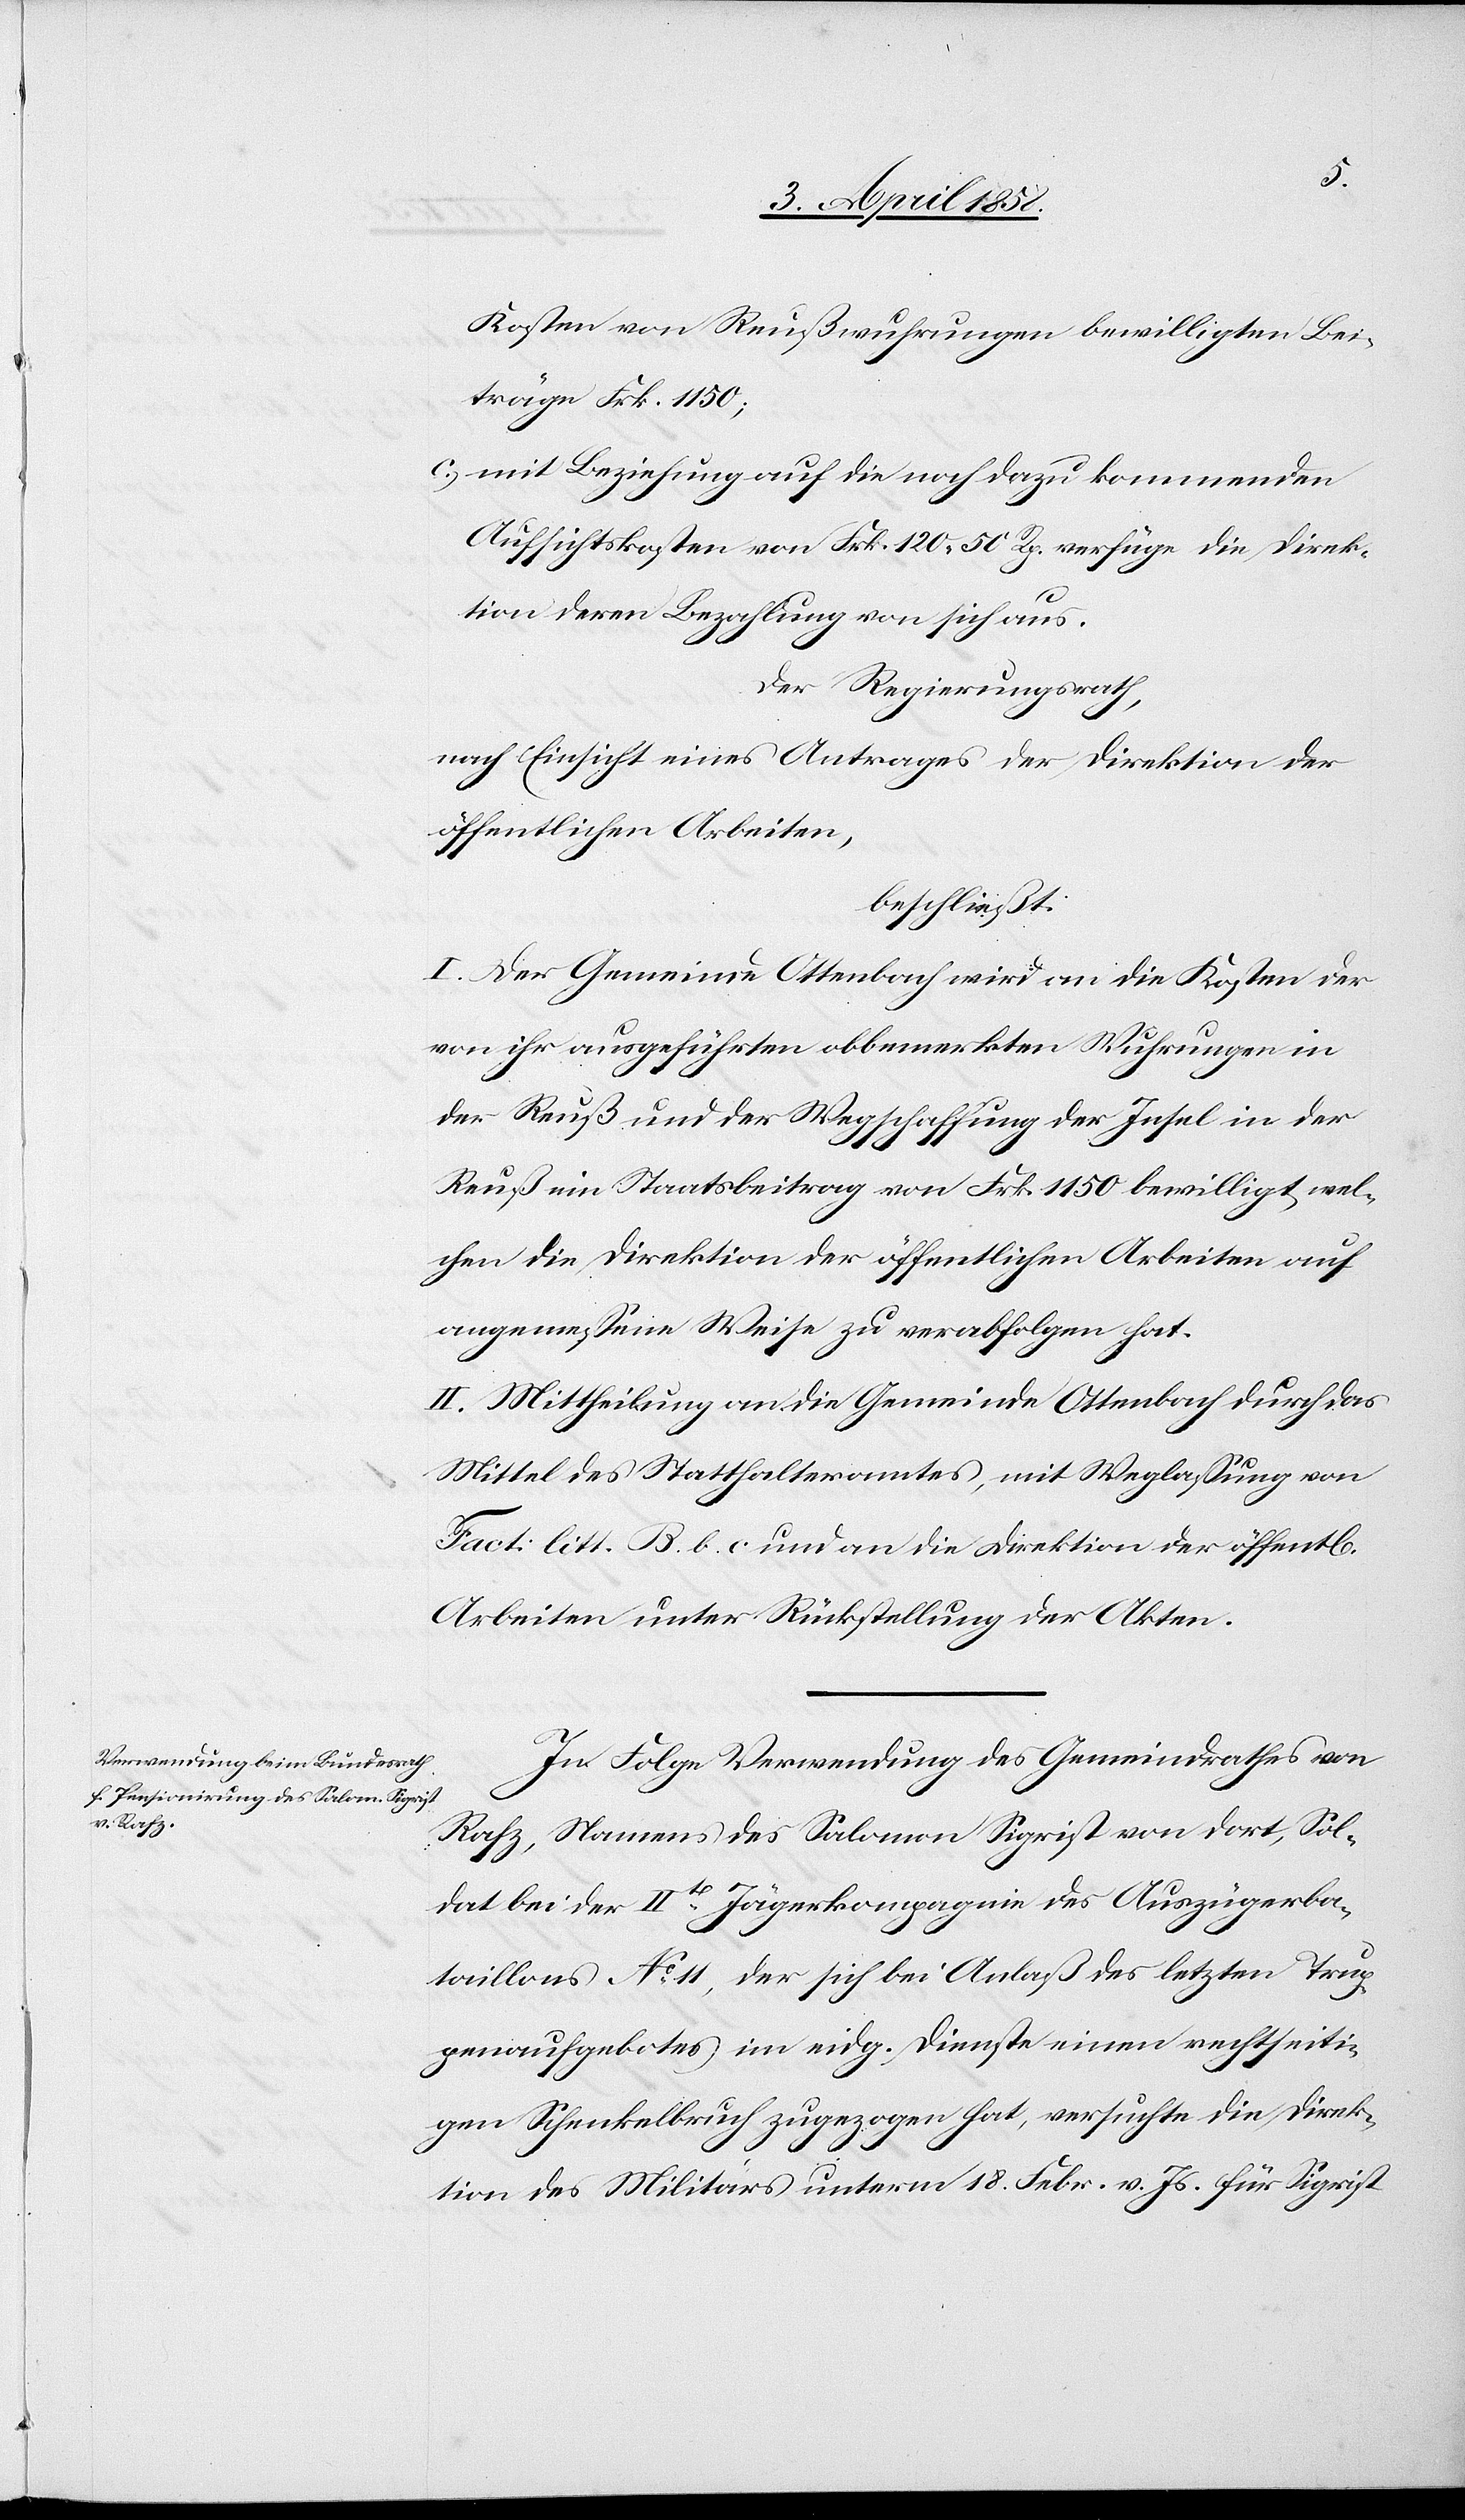
Kosten von Reußwuhrungen bewilligten Bei¬
träge Frk. 1150;
c) mit Beziehung auf die noch dazu kommenden
Aufsichtskosten von Frk. 120 50 Rp. verfüge die Direk¬
tion deren Bezahlung von sich aus.
Der Regierungsrath,
nach Einsicht eines Antrages der Direktion der
öffentlichen Arbeiten,
beschließt:
I. Der Gemeinde Ottenbach wird an die Kosten der
von ihr ausgeführten obbemerkten Wuhrungen in
der Reuß und der Wegschaffung der Insel in der
chen]
Reuß ein Staatsbeitrag von Frk. 1150 bewilligt, wel¬
chen die Direktion der öffentlichen Arbeiten auf
angemessene Weise zu verabfolgen hat.
II. Mittheilung an die Gemeinde Ottenbach durch das
Mittel des Statthalteramtes, mit Weglassung von
Fact. litt. B. b. c. und an die Direktion der öffent[li¬
Arbeiten unter Rückstellung der Akten.
In Folge Verwendung des Gemeindrathes von
Rafz, Namens des Salomon Sigrist von dort, Sol¬
dat bei der Iit[en] Jägerkompagnie des Auszügerba¬
taillons No 11, der sich bei Anlaß des letzten Trup¬
penaufgebotes im eidg. Dienste einen rechtseiti¬
gen Schenkelbruch zugezogen hat, versuchte die Direk¬
tion des Militärs unterm 18. Febr. v. Js. für Sigrist